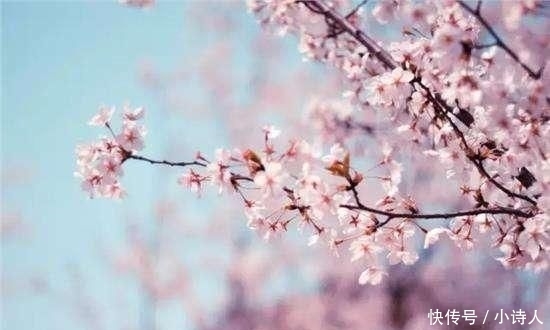
游人不管春将老，来往亭前踏落花。